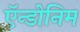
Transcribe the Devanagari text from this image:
ऍन्डोनिम